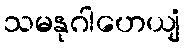
သမနုဂါဟေယျံ